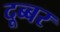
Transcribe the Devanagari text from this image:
दूब्बर